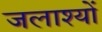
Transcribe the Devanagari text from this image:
जलाश्यों